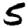
Digit: 5